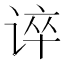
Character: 谇